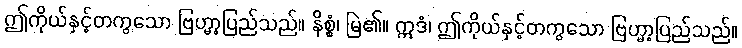
ဤကိုယ်နှင့်တကွသော ဗြဟ္မာ့ပြည်သည်။ နိစ္စံ၊ မြဲ၏။ ဣဒံ၊ ဤကိုယ်နှင့်တကွသော ဗြဟ္မာ့ပြည်သည်။